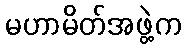
မဟာမိတ်အဖွဲ့က